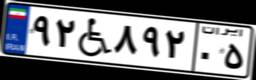
۹۲W۸۹۲۰۵